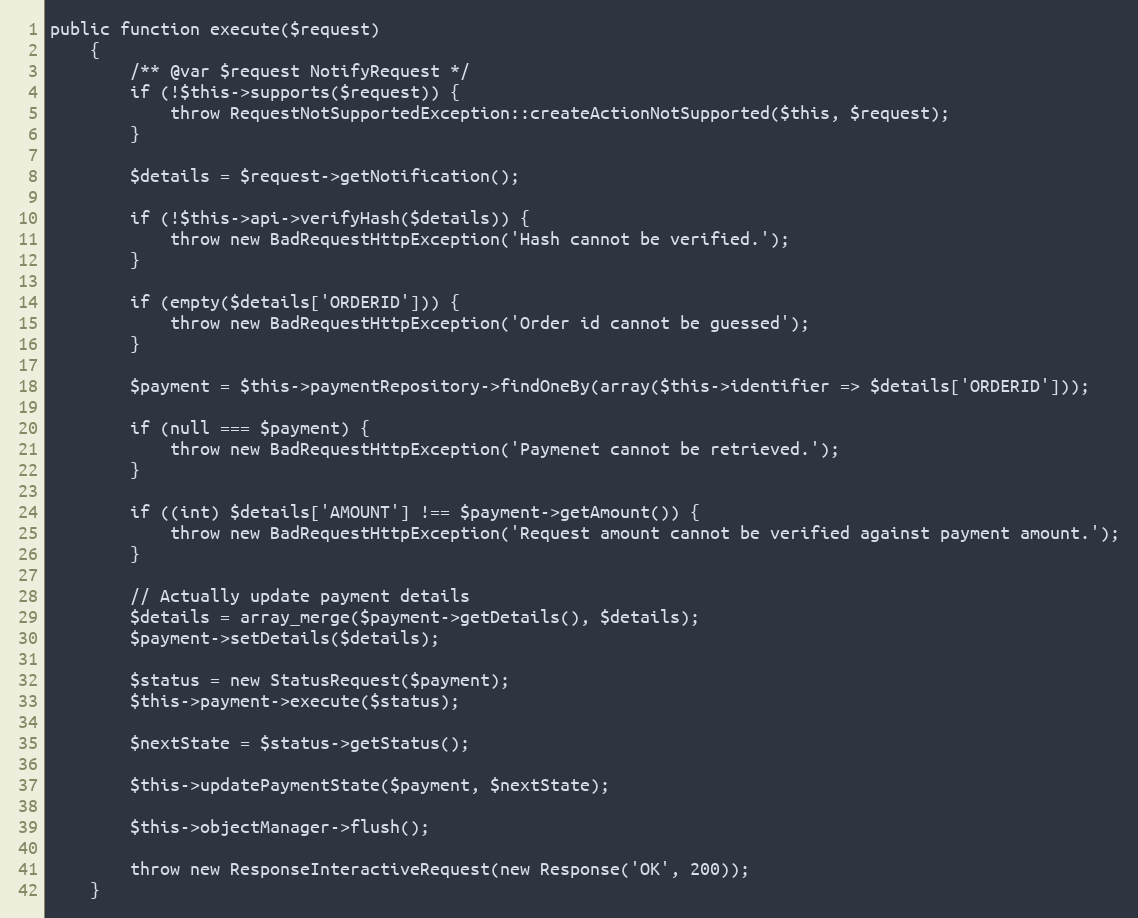
Language: PHP
public function execute($request)
    {
        /** @var $request NotifyRequest */
        if (!$this->supports($request)) {
            throw RequestNotSupportedException::createActionNotSupported($this, $request);
        }

        $details = $request->getNotification();

        if (!$this->api->verifyHash($details)) {
            throw new BadRequestHttpException('Hash cannot be verified.');
        }

        if (empty($details['ORDERID'])) {
            throw new BadRequestHttpException('Order id cannot be guessed');
        }

        $payment = $this->paymentRepository->findOneBy(array($this->identifier => $details['ORDERID']));

        if (null === $payment) {
            throw new BadRequestHttpException('Paymenet cannot be retrieved.');
        }

        if ((int) $details['AMOUNT'] !== $payment->getAmount()) {
            throw new BadRequestHttpException('Request amount cannot be verified against payment amount.');
        }

        // Actually update payment details
        $details = array_merge($payment->getDetails(), $details);
        $payment->setDetails($details);

        $status = new StatusRequest($payment);
        $this->payment->execute($status);

        $nextState = $status->getStatus();

        $this->updatePaymentState($payment, $nextState);

        $this->objectManager->flush();

        throw new ResponseInteractiveRequest(new Response('OK', 200));
    }